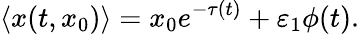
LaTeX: \langle x(t,x_{0})\rangle=x_{0}e^{-\tau(t)}+\varepsilon_{1}\phi(t).